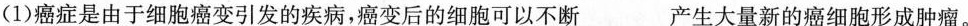
(1)癌症是由于细胞癌变引发的疾病，癌变后的细胞可以不断___产生大量新的癌细胞形成肿瘤。